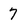
Character: 7